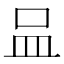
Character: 𠱄